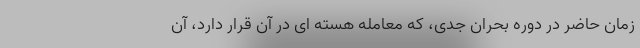
زمان حاضر در دوره بحران جدی، که معامله هسته ای در آن قرار دارد، آن